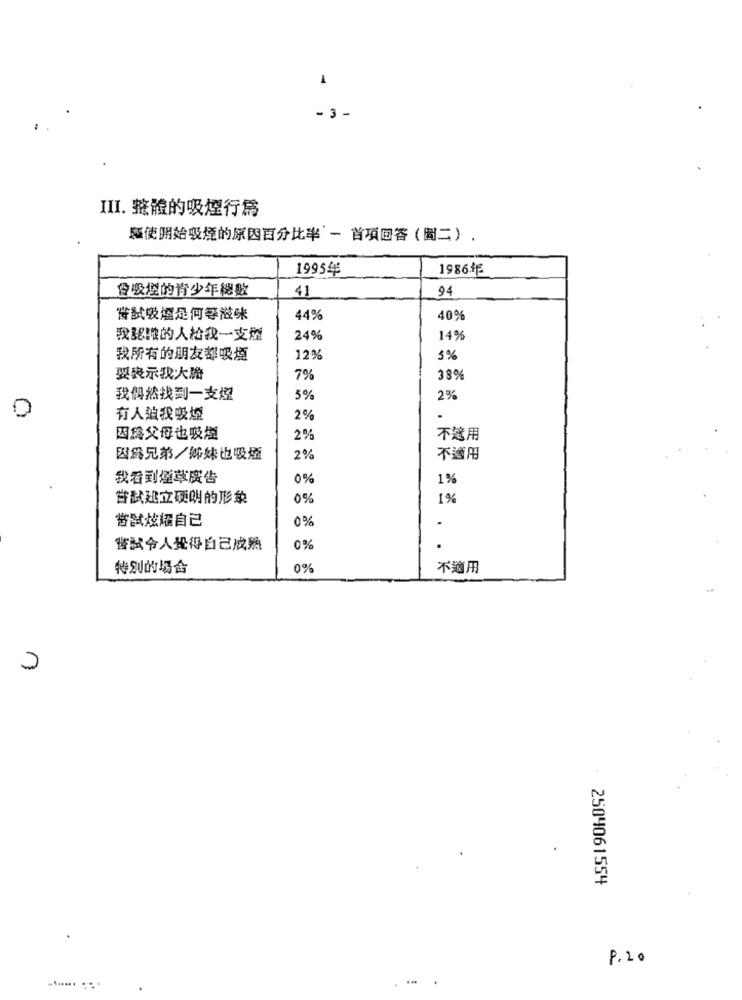
1
- 3 -
III. 整體的吸煙行爲
驅使開始吸煙的原因百分比率 一 首項回答(圖二).
1995年
1986 F
會吸煙的青少年總数
41
94
嘗試吸煙是何等滋味
44%
40%
我認識的人給我一支型
24%
14%
我所有的朋友都吸煙
12%
5%
要表示我大膽
7%
38%
我偶然找到一支怪
5%
2%
有人迫我吸煙
2%
因為父母也吸型
2%
不適用
因爲兄弟/姊妹也吸煙
2%
不適用
我看到煙草廣告
0%
1%
甘試建立硬朗的形象
0%
1%
嘗試炫耀自己
0%
-
嘗試令人覺得自己成熟
0%
特別的場合
0%
不適用
.
U
2504061554
P.20